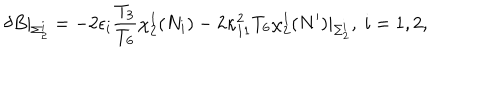
\delta B \vert _ { \Sigma _ { 2 } ^ { i } } = - 2 \epsilon _ { i } { \frac { T _ { 3 } } { T _ { 6 } } } \chi _ { 2 } ^ { 1 } ( N _ { i } ) - 2 \kappa _ { 1 1 } ^ { 2 } T _ { 6 } \chi _ { 2 } ^ { 1 } ( N ^ { \prime } ) \vert _ { \Sigma _ { 2 } ^ { i } } , \ i = 1 , 2 ,